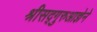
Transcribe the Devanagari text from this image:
श्रीसद्गुरुआज्ञेने